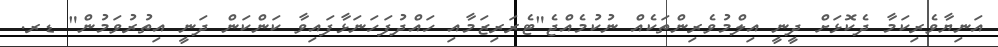
އަނިޔާވެރިކަމާ ދެކޮޅަށް ދީނީ އިލްމުވެރިންތަކެއް ނުކުމެއްޖެ"ޓެރަރިޒަމާއި ހައްދުފަހަނަޅާފައިވާ ކަންކަން ދަނީ އިތުރުވަމުން" ޑރ.